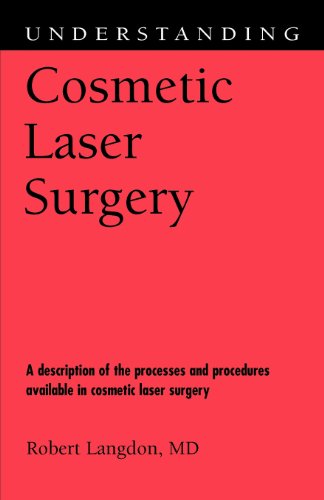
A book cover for Understanding Cosmetic Laser Surgery (Understanding Health and Sickness Series); Robert Langdon; Medical Books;